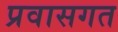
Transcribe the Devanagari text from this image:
प्रवासगत